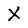
Character: X